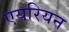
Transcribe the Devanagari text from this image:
एयरियन